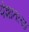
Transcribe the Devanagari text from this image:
पेशातल्या